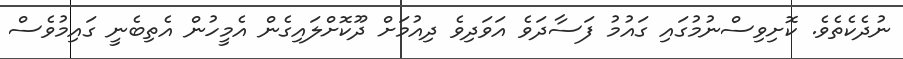
ނުދެކެތެވެ. ކޮށިވިސްނުމުގައި ގައުމު ފަސާދަވެ އަވަދިވެ ދިއުމަށް ދޫކޮށްލައިގެން އެމީހުން އެތިބެނީ ގައިމުވެސް